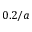
0 . 2 / a